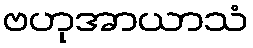
ဗဟုအာယာသံ